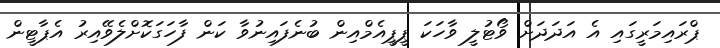
ޕްރައިމަރީގައި އެ އަދަދަށް ވޯޓުލީ ވާހަކަ ޕީޕީއެމްއިން ބުނެފައިނުވާ ކަން ފާހަގަކޮށްލެވޭއިރު އެޕާޓީން